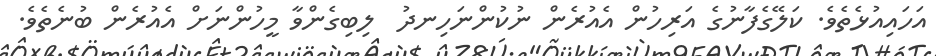
އަހައިއުޅެތެވެ. ކަލޭގެފާނުގެ އަރިހުން އެއުރެން ނުކުންނަހިނދު  ލިބިގެންވާ މީހުންނަށް އެއުރެން ބުނެތެވެ.